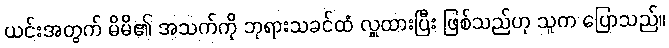
ယင်းအတွက် မိမိ၏ အသက်ကို ဘုရားသခင်ထံ လှူထားပြီး ဖြစ်သည်ဟု သူက ပြောသည်။